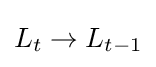
L_{t}\to L_{t-1}